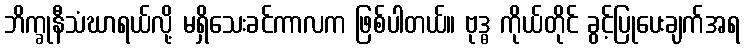
ဘိက္ခုနီသံဃာရယ်လို့ မရှိသေးခင်ကာလက ဖြစ်ပါတယ်။ ဗုဒ္ဓ ကိုယ်တိုင် ခွင့်ပြုပေးချက်အရ